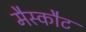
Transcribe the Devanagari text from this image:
मैस्कौट